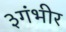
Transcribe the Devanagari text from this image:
३गंभीर